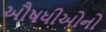
ઔષધીઓનો